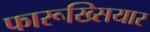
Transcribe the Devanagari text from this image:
फारूख्सियार